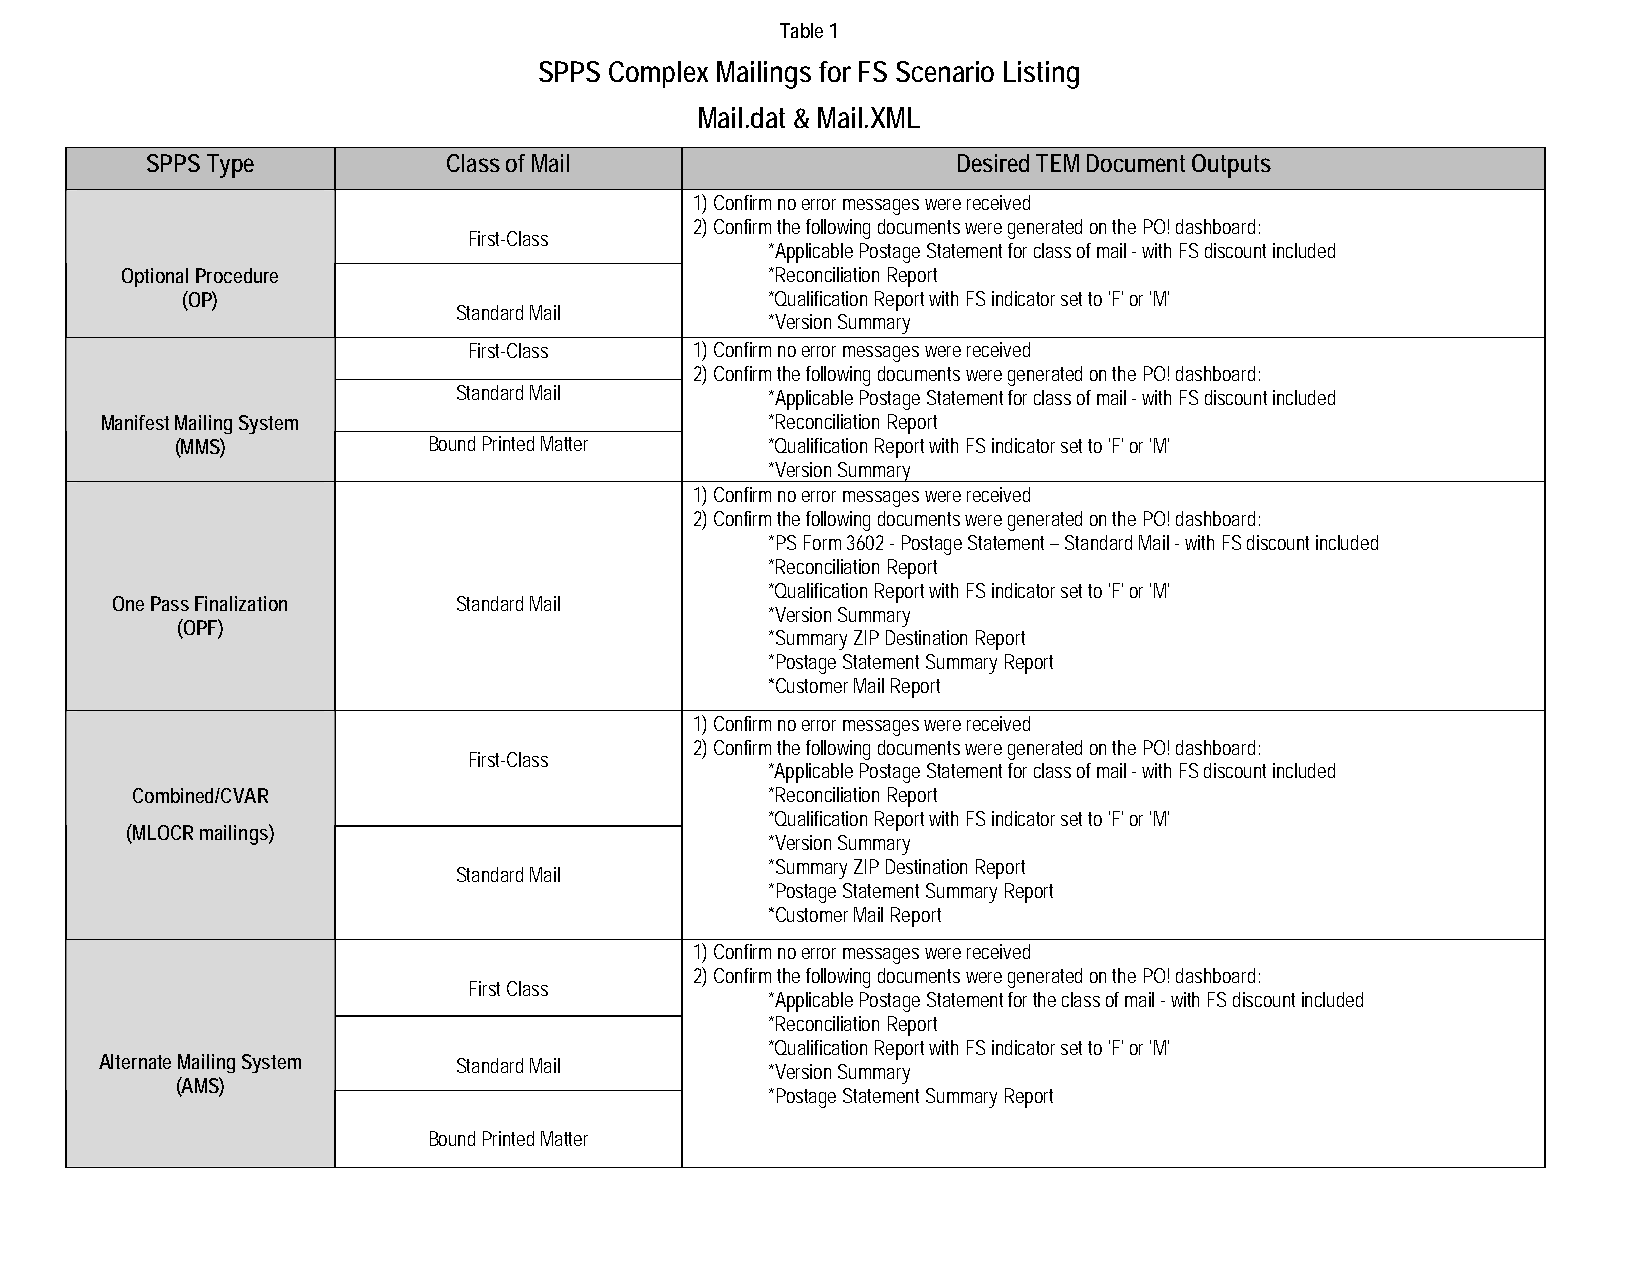
Table 1
 SPPS Complex Mailings for FS Scenario Listing
 Mail.dat & Mail.XML
 SPPS Type           Class of Mail                    Desired TEM Document Outputs
 1) Confirm no error messages were received
 2) Confirm the following documents were generated on the PO! dashboard:
 First-Class
 *Applicable Postage Statement for class of mail - with FS discount included
 Optional Procedure                         *Reconciliation Report
 (OP)                                   *Qualification Report with FS indicator set to 'F' or 'M'
 Standard Mail
 *Version Summary
 First-Class    1) Confirm no error messages were received
 2) Confirm the following documents were generated on the PO! dashboard:
 Standard Mail        *Applicable Postage Statement for class of mail - with FS discount included
 Manifest Mailing System                     *Reconciliation Report
 (MMS)           Bound Printed Matter   *Qualification Report with FS indicator set to 'F' or 'M'
 *Version Summary
 1) Confirm no error messages were received
 2) Confirm the following documents were generated on the PO! dashboard:
 *PS Form 3602 - Postage Statement – Standard Mail - with FS discount included
 *Reconciliation Report
 *Qualification Report with FS indicator set to 'F' or 'M'
 One Pass Finalization  Standard Mail
 *Version Summary
 (OPF)
 *Summary ZIP Destination Report
 *Postage Statement Summary Report
 *Customer Mail Report
 1) Confirm no error messages were received
 2) Confirm the following documents were generated on the PO! dashboard:
 First-Class
 *Applicable Postage Statement for class of mail - with FS discount included
 Combined/CVAR                             *Reconciliation Report
 *Qualification Report with FS indicator set to 'F' or 'M'
 (MLOCR mailings)
 *Version Summary
 *Summary ZIP Destination Report
 Standard Mail
 *Postage Statement Summary Report
 *Customer Mail Report
 1) Confirm no error messages were received
 2) Confirm the following documents were generated on the PO! dashboard:
 First Class
 *Applicable Postage Statement for the class of mail - with FS discount included
 *Reconciliation Report
 *Qualification Report with FS indicator set to 'F' or 'M'
 Alternate Mailing System Standard Mail
 *Version Summary
 (AMS)
 *Postage Statement Summary Report
 Bound Printed Matter